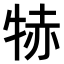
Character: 𤙮